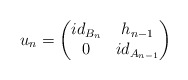
\begin{align*} u_n=\begin{pmatrix} id_{B_n} & h_{n-1}\\ 0 & id_{A_{n-1}} \end{pmatrix} \end{align*}